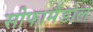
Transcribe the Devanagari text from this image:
सीफामैंडोल